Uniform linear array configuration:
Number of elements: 8
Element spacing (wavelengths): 0.75
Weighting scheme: uniform
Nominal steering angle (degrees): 30
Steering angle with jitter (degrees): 28.886
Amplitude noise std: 0.05
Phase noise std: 0.05

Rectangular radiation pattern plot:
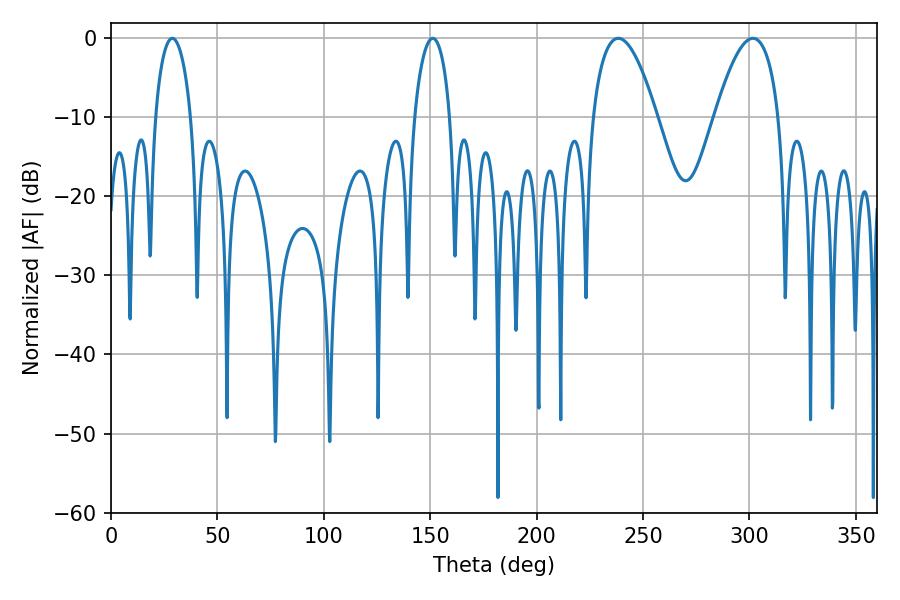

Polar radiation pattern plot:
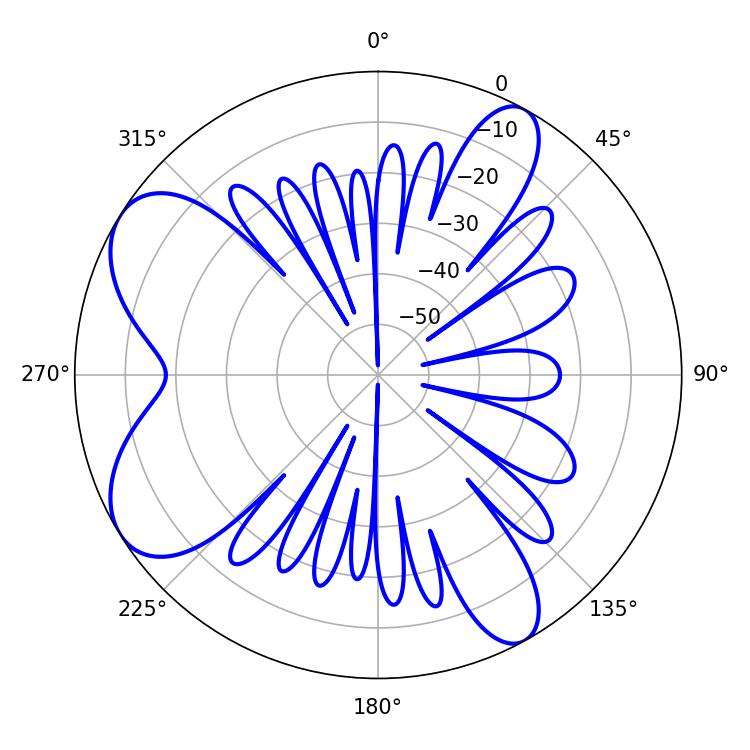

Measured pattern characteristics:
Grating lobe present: TRUE
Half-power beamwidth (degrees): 9.54
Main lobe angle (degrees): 151.2